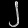
Digit: ၂